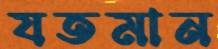
যতমান